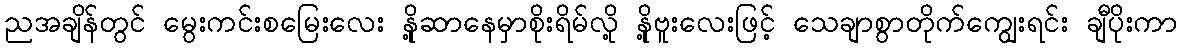
ညအချိန်တွင် မွေးကင်းစမြေးလေး နို့ဆာနေမှာစိုးရိမ်လို့ နို့ဗူးလေးဖြင့် သေချာစွာတိုက်ကျွေးရင်း ချီပိုးကာ